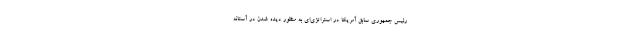
رئیس جمهوری سابق آمریکا در استراتژی‌ای به منظور دیده شدن در آستانه